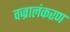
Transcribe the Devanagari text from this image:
वज्रालंकरण